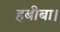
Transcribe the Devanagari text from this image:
हबीबा।